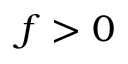
f > 0